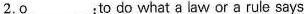
2.o___:to do what a law or a rule says